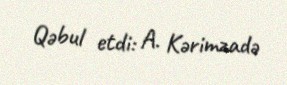
Qəbul etdi: A. Kərimzadə